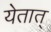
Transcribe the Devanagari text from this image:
येतात्